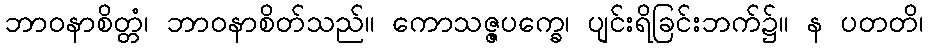
ဘာဝနာစိတ္တံ၊ ဘာဝနာစိတ်သည်။ ကောသဇ္ဇပက္ခေ၊ ပျင်းရိခြင်းဘက်၌။ န ပတတိ၊